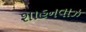
શાહનવાઝ